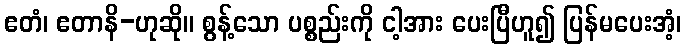
ဧတံ၊ ဧတာနိ-ဟုဆို။ စွန့်သော ပစ္စည်းကို ငါ့အား ပေးပြီဟူ၍ ပြန်မပေးအံ့၊